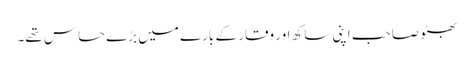
بھٹو صاحب اپنی ساکھ اور وقار کے بارے میں بڑے حساس تھے۔